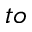
t o